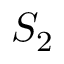
S _ { 2 }